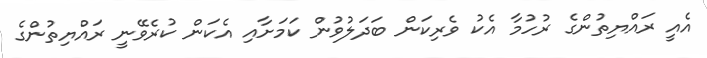
އެއީ ރައްޔިތުންގެ ރުހުމާ އެކު ވެރިކަން ބަދަލުވުން ކަމަށާއި އެކަން ކުރެވޭނީ ރައްޔިތުންގެ